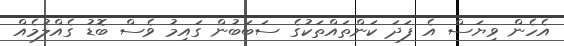
އެހެން ވިޔަސް އެ ފަދަ ކަންތައްތަކުގެ ސަބަބުން ގައިމު ވެސް ބޮޑު ގެއްލުމެއް